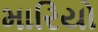
મારિયો